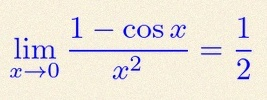
\lim_{x\to0}\frac{1-\cos x}{x^2}=\frac12